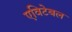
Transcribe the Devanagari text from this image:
एविटेबल